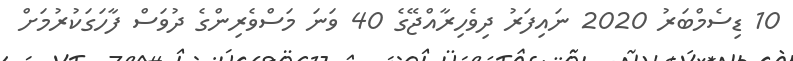
10 ޑިސެމްބަރު 2020 ނައިފަރު ދިވެހިރާއްޖޭގެ 40 ވަނަ މަސްވެރިންގެ ދުވަސް ފާހަގަކުރުމަށް